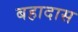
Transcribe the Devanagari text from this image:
बहादास